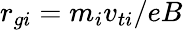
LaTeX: r_{gi}=m_{i}v_{ti}/eB